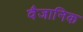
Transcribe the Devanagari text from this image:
वैजानिक